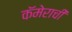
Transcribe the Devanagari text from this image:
कॅमेराची